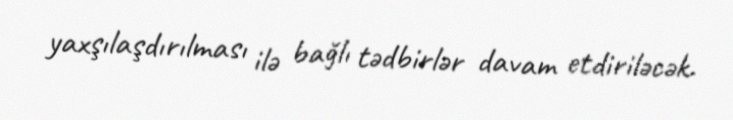
yaxşılaşdırılması ilə bağlı tədbirlər davam etdiriləcək.